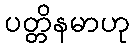
ပတ္တိနမာဟု